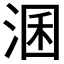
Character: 𱦳